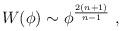
LaTeX: \begin{align*}W(\phi) \sim \phi^{\frac{2(n+1)}{n-1}} ~,\end{align*}